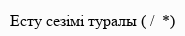
Есту сезімі туралы ( /  *)